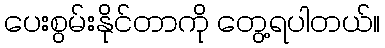
ပေးစွမ်းနိုင်တာကို တွေ့ရပါတယ်။